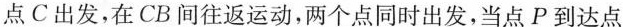
点C出发，在CB闻住返运动，两个点同时出发，当点P到达点